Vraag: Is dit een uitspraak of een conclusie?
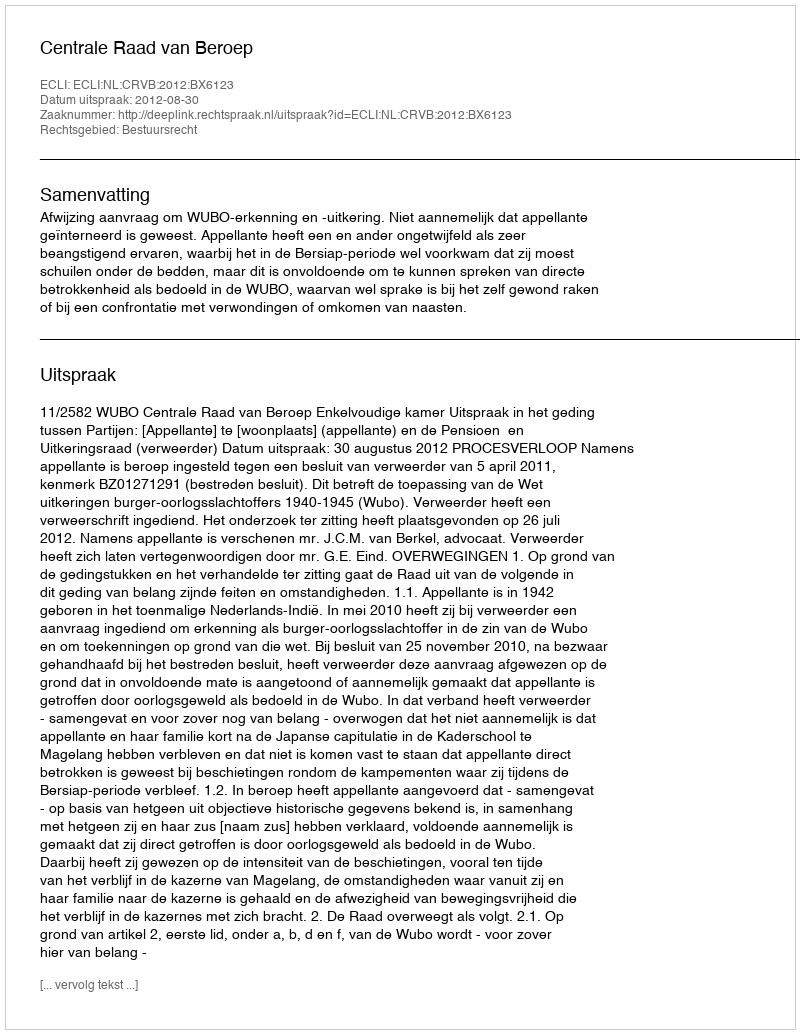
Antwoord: Uitspraak